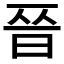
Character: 𫞄